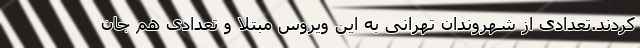
کردند.تعدادی از شهروندان تهرانی به این ویروس مبتلا و تعدادی هم جان